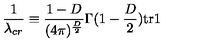
\frac { 1 } { \lambda _ { c r } } \equiv \frac { 1 - D } { ( 4 \pi ) ^ { \frac { D } { 2 } } } \Gamma ( 1 - \frac { D } { 2 } ) \mathrm { t r } \mathrm { \boldmath 1 }